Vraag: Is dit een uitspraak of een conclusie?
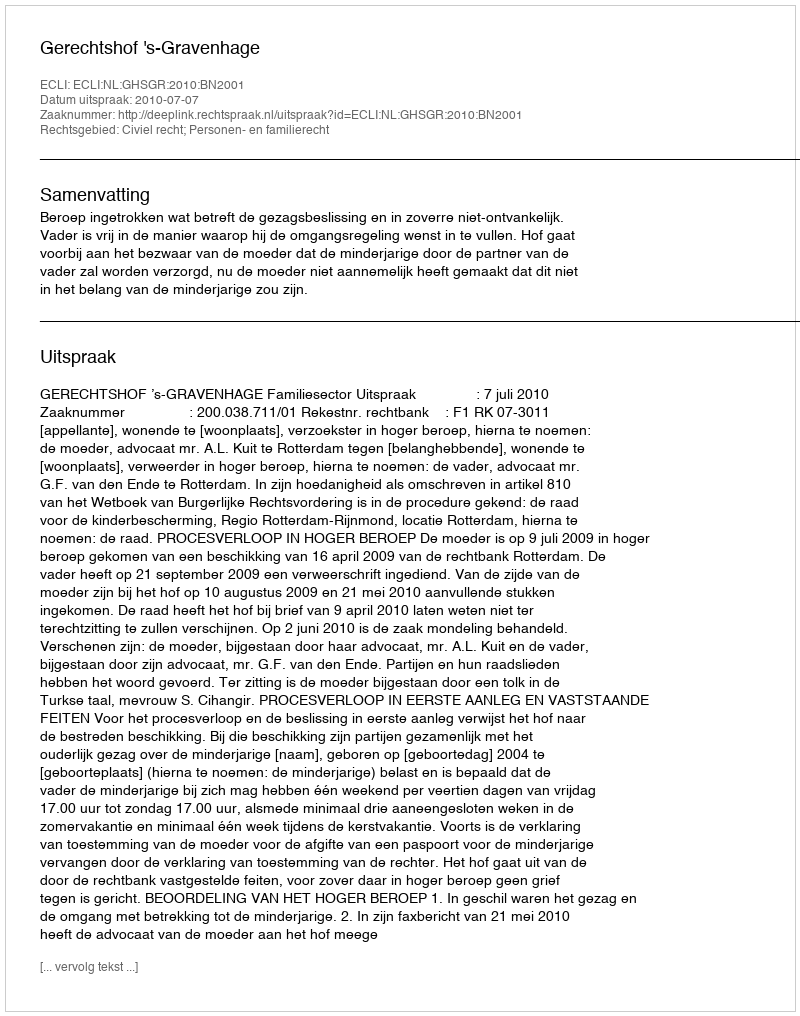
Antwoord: Uitspraak